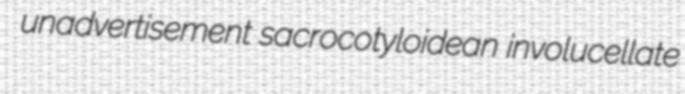
unadvertisement sacrocotyloidean involucellate